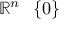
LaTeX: \mathbb { R } ^ { n } \setminus \lbrace 0 \rbrace